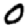
Digit: 0